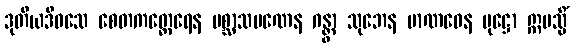
ဒုတိယဒိဝသေ စေတကတ္ထေရေန ပစ္ဆာသမဏေန ဂန္တွာ သုဘေန မာဏဝေန ပုဋ္ဌော ဣမသ္မိံ